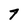
Character: 7